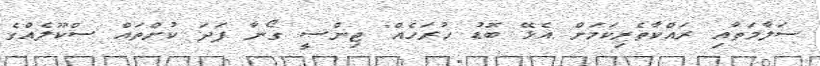
ސަލާމަތާއި ރައްކާތެރިކަމަށް އެޅޭ ބޮޑު ހުރަހެއް" ޖިންސީ ގޯނާ ފަދަ ކުށްތައް ސްކޫލެއްގެ